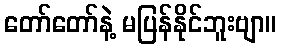
တော်တော်နဲ့ မပြန်နိုင်ဘူးဗျာ။